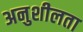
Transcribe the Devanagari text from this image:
अनुशीलता